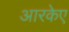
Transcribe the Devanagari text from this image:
आरकेए